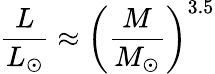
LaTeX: {\frac{L}{L_{\odot}}}\approx{\left({\frac{M}{M_{\odot}}}\right)}^{3.5}